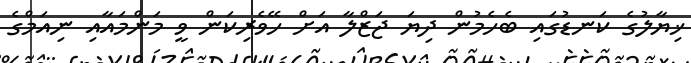
ޚިޔާލުގެ ކަނޑުގައި ބެހެމުން ދިޔަ ޖަޒްލާ އަށް ހޭވެރިކަން ވީ މަންމައާއި ނިއަމްގެ